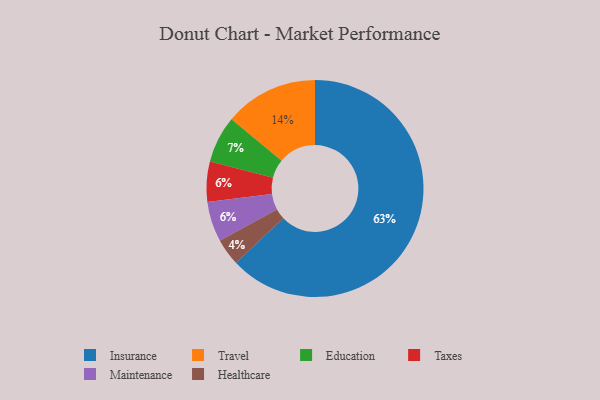
{"axis": {"x": "Category", "y": "Percentage"}, "legend": ["Education", "Healthcare", "Insurance", "Maintenance", "Taxes", "Travel"], "data": [{"x": "Healthcare", "y": 4, "type": "Healthcare"}, {"x": "Education", "y": 7, "type": "Education"}, {"x": "Taxes", "y": 6, "type": "Taxes"}, {"x": "Travel", "y": 14, "type": "Travel"}, {"x": "Maintenance", "y": 6, "type": "Maintenance"}, {"x": "Insurance", "y": 63, "type": "Insurance"}]}